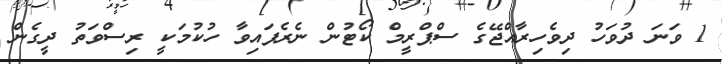
1 ވަނަ ދުވަހު ދިވެހިރާއްޖޭގެ ސްޕްރީމް ކޯޓުން ނެރެފައިވާ ހުކުމަކީ ރިސްވަތު ދީގެން